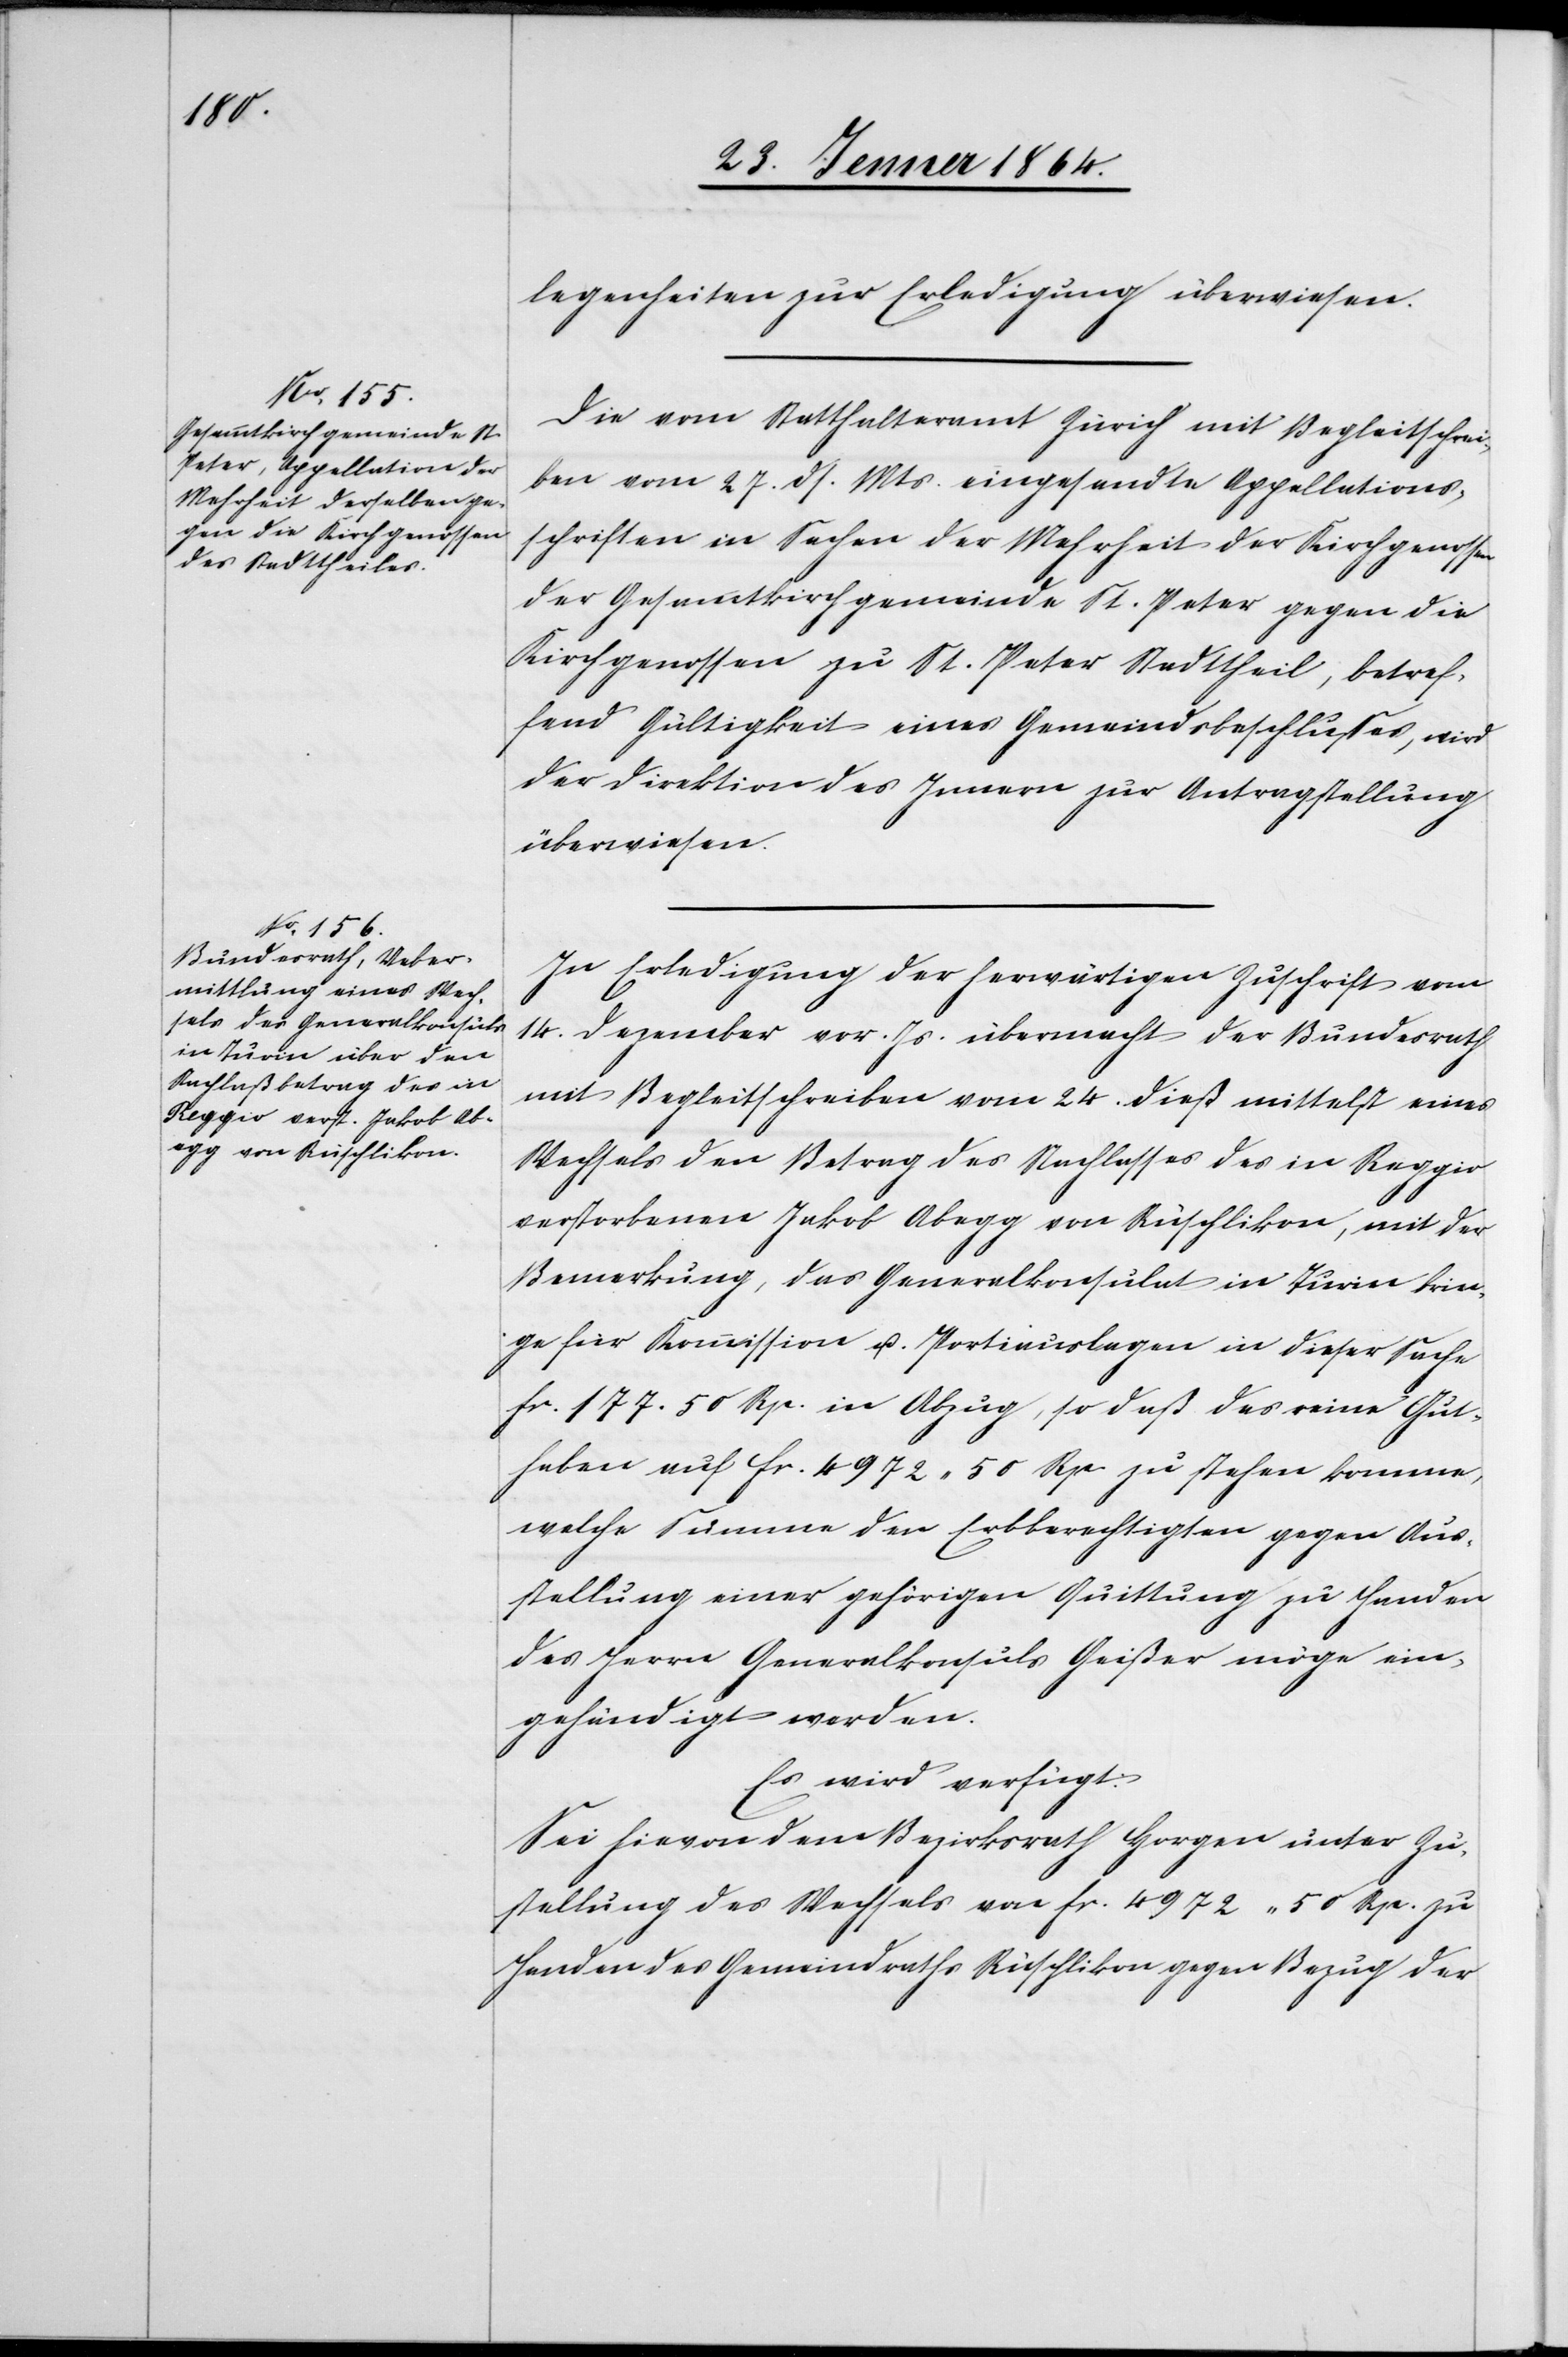
29. Jenner 1864.]
legenheiten zur Erledigung überwiesen.
Die vom Statthalteramt Zürich mit Begleitschrei¬
ben vom 27. ds. Mts. eingesandte Appellations¬
schriften [sic!] in Sachen der Mehrheit der Kirchgenossen
der Gesammtkirchgemeinde St. Peter gegen die
Kirchgenossen zu St. Peter Stadttheil, betref¬
fend Gültigkeit eines Gemeindsbeschlusses, wird
der Direktion des Innern zur Antragstellung
überwiesen.
In Erledigung der herwärtigen Zuschrift vom
14. Dezember vor. Js. übermacht der Bundesrath
mit Begleitschreiben vom 24. dieß mittelst eines
Wechsels den Betrag des Nachlasses des in Reggio
verstorbenen Jakob Abegg von Rüschlikon, mit der
Bemerkung, das Generalkonsulat in Turin krie¬
ge für Kommission u. Portiauslagen in dieser Sache
fr. 177. 50 Rp. in Abzug, so daß das reine Gut¬
haben auf fr. 4972 50 Rp. zu stehen komme,
welche Summe den Erbberechtigten gegen Aus¬
stellung einer gehörigen Quittung zu Handen
des Herrn Generalkonsuls Geißer möge ein¬
gehändigt werden.
Es wird verfügt:
Sei hievon dem Bezirksrath Horgen unter Zu¬
stellung des Wechsels von fr. 4972 50 Rp. zu
Handen des Gemeindraths Rüschlikon gegen Bezug der